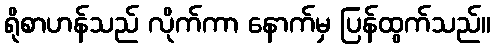
ရိုစာဟန်သည် လိုက်ကာ နောက်မှ ပြန်ထွက်သည်။